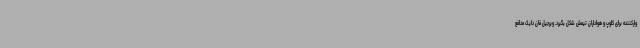
وارکننده برای کلوپ و هواداران تیمش شکل بگیرد. ویرجیل فان دایک مدافع